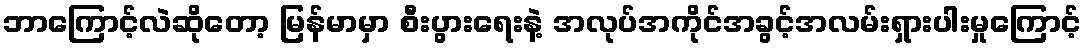
ဘာကြောင့်လဲဆိုတော့ မြန်မာမှာ စီးပွားရေးနဲ့ အလုပ်အကိုင်အခွင့်အလမ်းရှားပါးမှုကြောင့်